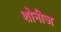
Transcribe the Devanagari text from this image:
शोनीज